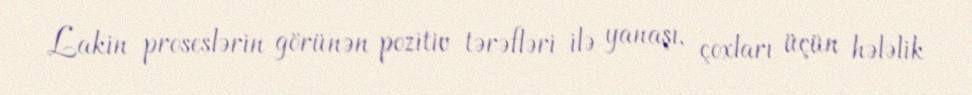
Lakin proseslərin görünən pozitiv tərəfləri ilə yanaşı, çoxları üçün hələlik